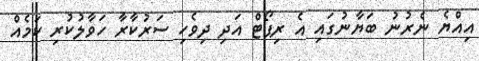
އިއްޔެ ނެރުނު ބަޔާނުގައި އެ ރިޕޯޓް އަދި ދިވެހި ސަރުކާރާ ހަވާލުކުރި ކަމެއް